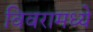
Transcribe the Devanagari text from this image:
विवरामध्ये